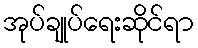
အုပ်ချုပ်ရေးဆိုင်ရာ